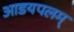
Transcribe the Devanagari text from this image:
आडयपलम्‌